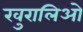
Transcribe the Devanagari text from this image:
खुरालिओ